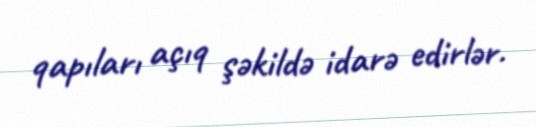
qapıları açıq şəkildə idarə edirlər.